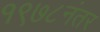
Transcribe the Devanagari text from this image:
१९७८नंतर